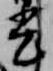
光